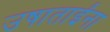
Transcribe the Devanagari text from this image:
उषाताईंना